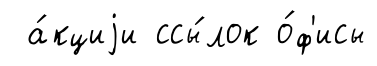
а́кциjи ссы́лок о́ф'исы